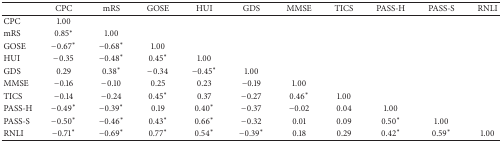
<table><thead><tr><td><b> </b></td><td><b>CPC</b></td><td><b>mRS</b></td><td><b>GOSE</b></td><td><b>HUI</b></td><td><b>GDS</b></td><td><b>MMSE</b></td><td><b>TICS</b></td><td><b>PASS-H</b></td><td><b>PASS-S</b></td><td><b>RNLI</b></td></tr></thead><tbody><tr><td>CPC</td><td>1.00</td><td> </td><td> </td><td> </td><td> </td><td> </td><td> </td><td> </td><td> </td><td> </td></tr><tr><td>mRS</td><td>0.85<sup><i>∗</i></sup></td><td>1.00</td><td> </td><td> </td><td> </td><td> </td><td> </td><td> </td><td> </td><td> </td></tr><tr><td>GOSE</td><td>−0.67<sup><i>∗</i></sup></td><td>−0.68<sup><i>∗</i></sup></td><td>1.00</td><td> </td><td> </td><td> </td><td> </td><td> </td><td> </td><td> </td></tr><tr><td>HUI</td><td>−0.35</td><td>−0.48<sup><i>∗</i></sup></td><td>0.45<sup><i>∗</i></sup></td><td>1.00</td><td> </td><td> </td><td> </td><td> </td><td> </td><td> </td></tr><tr><td>GDS</td><td>0.29</td><td>0.38<sup><i>∗</i></sup></td><td>−0.34</td><td>−0.45<sup><i>∗</i></sup></td><td>1.00</td><td> </td><td> </td><td> </td><td> </td><td> </td></tr><tr><td>MMSE</td><td>−0.16</td><td>−0.10</td><td>0.25</td><td>0.23</td><td>−0.19</td><td>1.00</td><td> </td><td> </td><td> </td><td> </td></tr><tr><td>TICS</td><td>−0.14</td><td>−0.24</td><td>0.45<sup><i>∗</i></sup></td><td>0.37</td><td>−0.27</td><td>0.46<sup><i>∗</i></sup></td><td>1.00</td><td> </td><td> </td><td> </td></tr><tr><td>PASS-H</td><td>−0.49<sup><i>∗</i></sup></td><td>−0.39<sup><i>∗</i></sup></td><td>0.19</td><td>0.40<sup><i>∗</i></sup></td><td>−0.37</td><td>−0.02</td><td>0.04</td><td>1.00</td><td> </td><td> </td></tr><tr><td>PASS-S</td><td>−0.50<sup><i>∗</i></sup></td><td>−0.46<sup><i>∗</i></sup></td><td>0.43<sup><i>∗</i></sup></td><td>0.66<sup><i>∗</i></sup></td><td>−0.32</td><td>0.01</td><td>0.09</td><td>0.50<sup><i>∗</i></sup></td><td>1.00</td><td> </td></tr><tr><td>RNLI</td><td>−0.71<sup><i>∗</i></sup></td><td>−0.69<sup><i>∗</i></sup></td><td>0.77<sup><i>∗</i></sup></td><td>0.54<sup><i>∗</i></sup></td><td>−0.39<sup><i>∗</i></sup></td><td>0.18</td><td>0.29</td><td>0.42<sup><i>∗</i></sup></td><td>0.59<sup><i>∗</i></sup></td><td>1.00</td></tr></tbody></table>